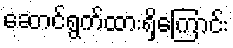
ဆောင်ရွက်ထားရှိကြောင်း